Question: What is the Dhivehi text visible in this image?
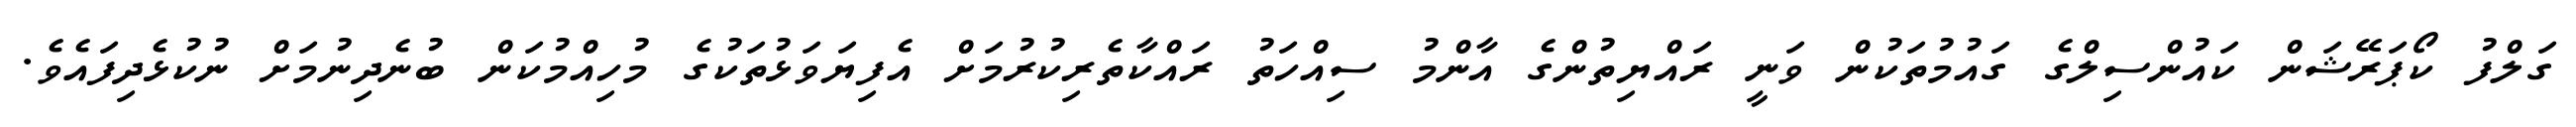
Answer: ގަލްފު ކޯޕަރޭޝަން ކައުންސިލްގެ ގައުމުތަކުން ވަނީ ރައްޔިތުންގެ އާންމު ސިއްހަތު ރައްކާތެރިކުރުމަށް އެފިޔަވަޅުތަކުގެ މުހިއްމުކަން ބުނެދިނުމަށް ނުކުޅެދިފައެވެ.